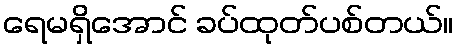
ရေမရှိအောင် ခပ်ထုတ်ပစ်တယ်။